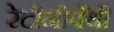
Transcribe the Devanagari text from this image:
रेटीनोपैथी